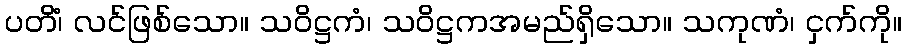
ပတိံ၊ လင်ဖြစ်သော။ သဝိဋ္ဌကံ၊ သဝိဋ္ဌကအမည်ရှိသော။ သကုဏံ၊ ငှက်ကို။